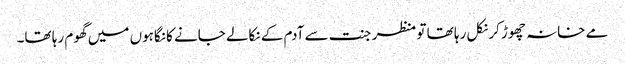
مے خانہ چھوڑ کر نکل رہا تھا تو منظر جنت سے آدم کے نکالے جانے کا نگاہوں میں گھوم رہا تھا۔